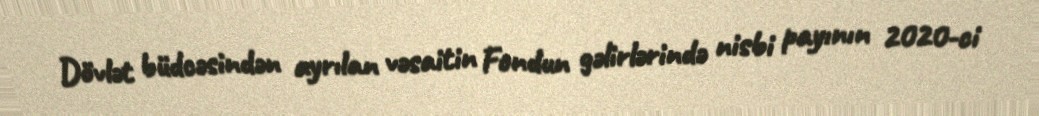
Dövlət büdcəsindən ayrılan vəsaitin Fondun gəlirlərində nisbi payının 2020-ci